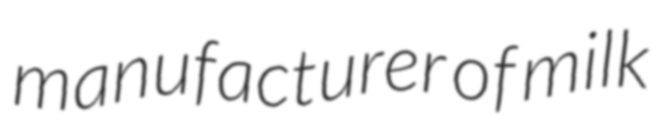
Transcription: manufacturer of milk